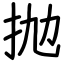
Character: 抛